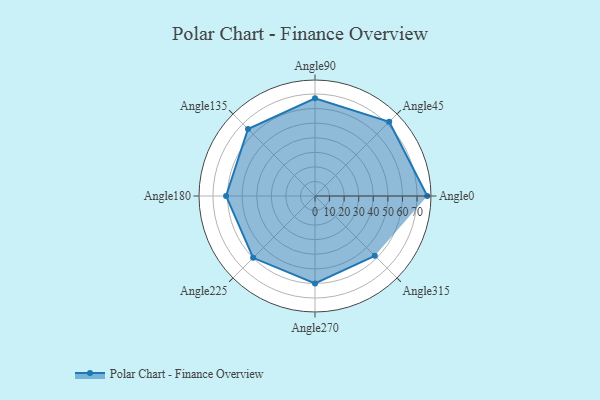
{"axis": {"x": "Angle", "y": "Radius"}, "legend": [""], "data": [{"x": "Angle0", "y": 77.0, "type": ""}, {"x": "Angle45", "y": 72.0, "type": ""}, {"x": "Angle90", "y": 67.0, "type": ""}, {"x": "Angle135", "y": 65.0, "type": ""}, {"x": "Angle180", "y": 61.0, "type": ""}, {"x": "Angle225", "y": 60.0, "type": ""}, {"x": "Angle270", "y": 60.0, "type": ""}, {"x": "Angle315", "y": 58.0, "type": ""}]}